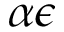
\alpha \epsilon